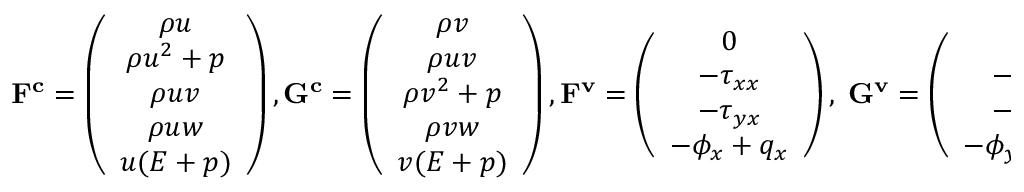
\mathbf { F ^ { c } } = \left( \begin{array} { c } { \rho u } \\ { \rho u ^ { 2 } + p } \\ { \rho u v } \\ { \rho u w } \\ { u ( E + p ) } \end{array} \right) , \mathbf { G ^ { c } } = \left( \begin{array} { c } { \rho v } \\ { \rho u v } \\ { \rho v ^ { 2 } + p } \\ { \rho v w } \\ { v ( E + p ) } \end{array} \right) , \mathbf { F ^ { v } } = \left( \begin{array} { c } { 0 } \\ { - \tau _ { x x } } \\ { - \tau _ { y x } } \\ { - \phi _ { x } + q _ { x } } \end{array} \right) , \; \mathbf { G ^ { v } } = \left( \begin{array} { c } { 0 } \\ { - \tau _ { x y } } \\ { - \tau _ { y y } } \\ { - \phi _ { y } + q _ { y } } \end{array} \right) ,